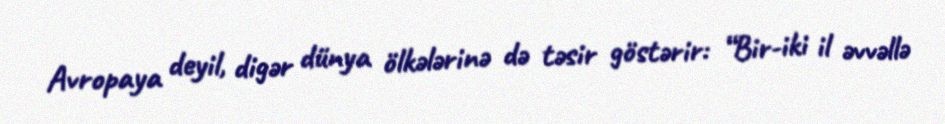
Avropaya deyil, digər dünya ölkələrinə də təsir göstərir: “Bir-iki il əvvəllə